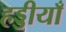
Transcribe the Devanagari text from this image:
हड्डीयाँ